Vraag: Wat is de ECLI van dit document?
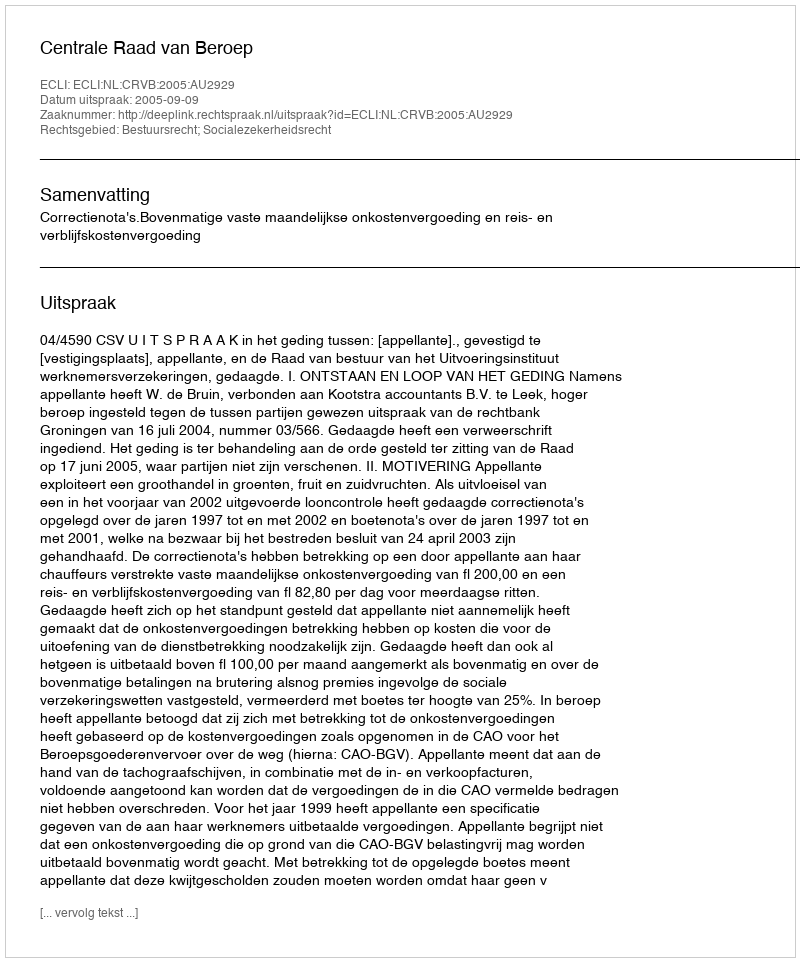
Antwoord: ECLI:NL:CRVB:2005:AU2929